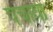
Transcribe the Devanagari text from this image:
पचावा